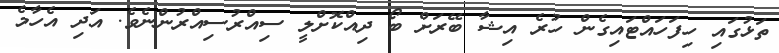
ތަޅުގައި ހިފަހައްޓައިގެން ހުރެ އިޝާ ބޭރަށް ބޯ ދިއްކޮށްލީ ސިއްރުސިއްރުންނެވެ. އަދި އެހާމެ